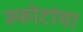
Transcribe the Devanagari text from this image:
स्फोटांचा